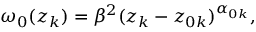
\omega _ { 0 } ( z _ { k } ) = \beta ^ { 2 } ( z _ { k } - z _ { 0 k } ) ^ { \alpha _ { 0 k } } ,